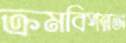
ক্রমবিপন্নতা